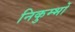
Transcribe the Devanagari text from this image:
निकुम्भों